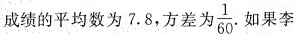
刚这8次跳远成绩的方差______(填